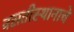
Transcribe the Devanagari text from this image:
वसतीस्थानाचे